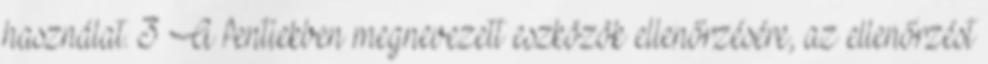
használat. 3 A fentiekben megnevezett eszközök ellenőrzésére, az ellenőrzést